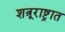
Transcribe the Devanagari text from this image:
शत्रूराष्ट्रात